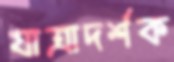
যাত্রাদর্শক